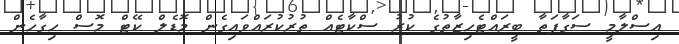
އިސްލާމީ ސަގާފަތާ ބީރައްޓެހިޒާތުގެ ކުރު ސްކާޓެއް ތުރުކުރައްވައިގެން މޮޑެލް ކޭޓް މޮސް ހިގާހެން